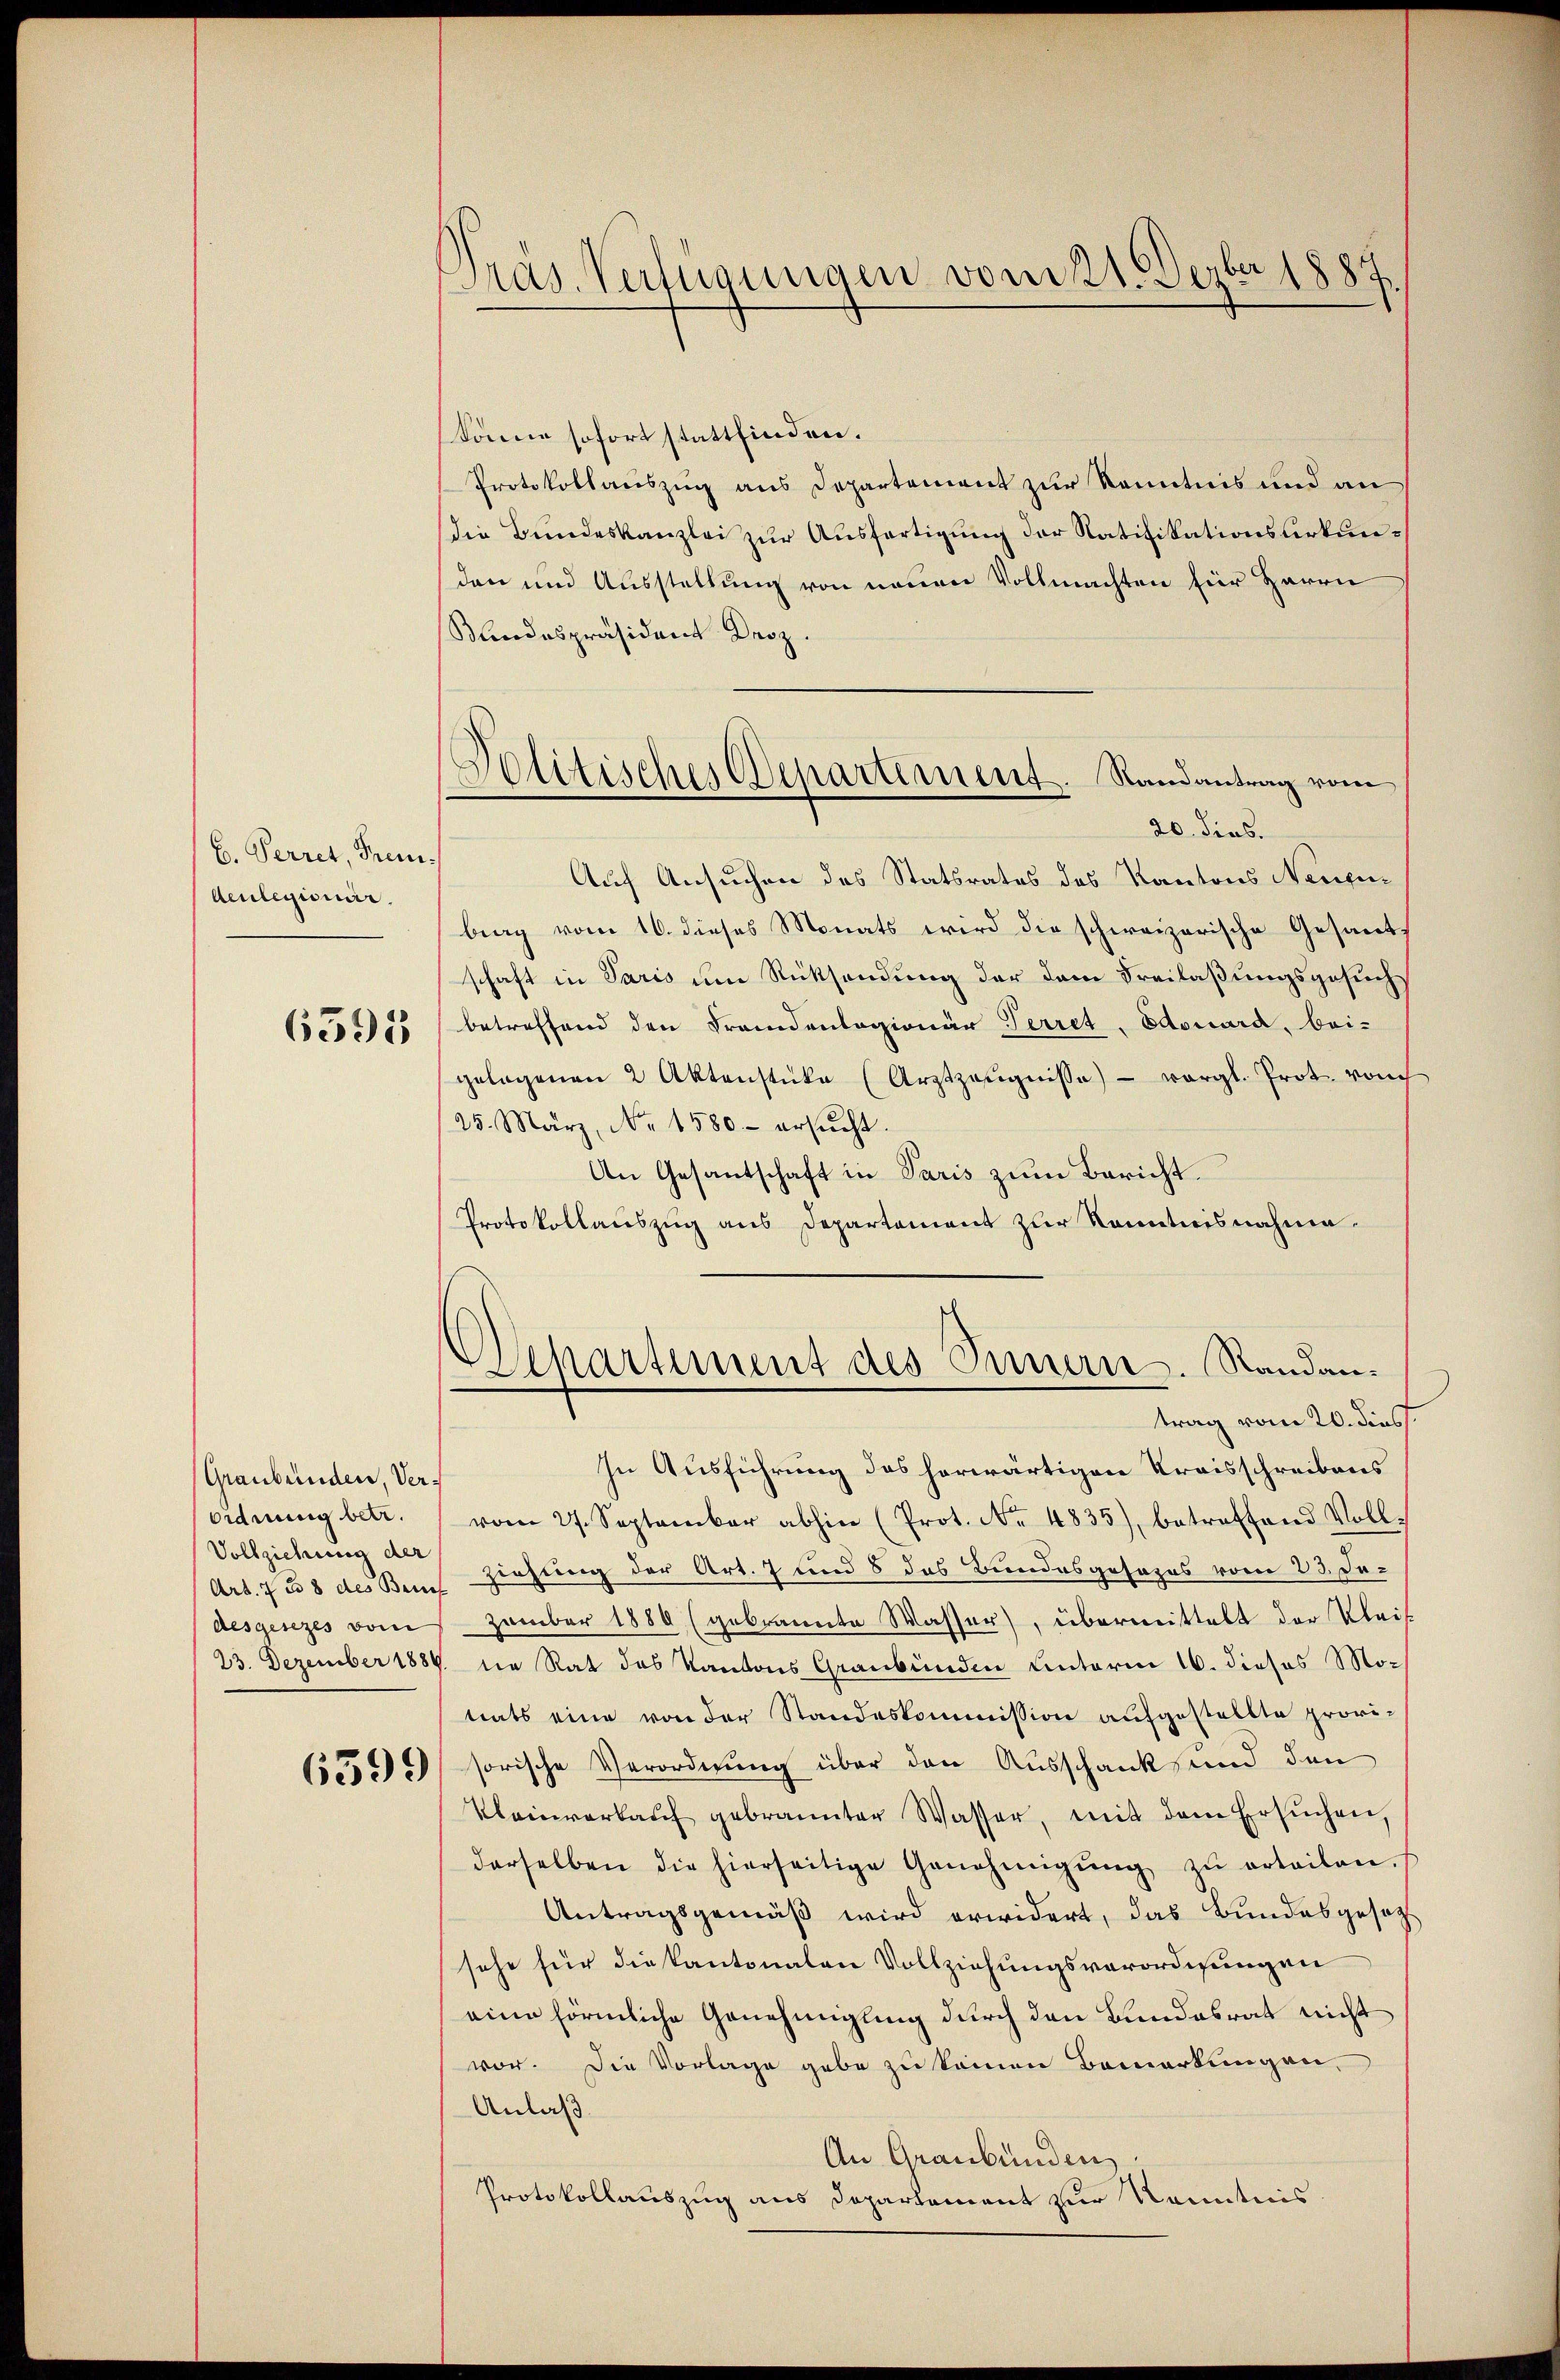
b. Perret, Frem
Aeulexionar,

6595

Graubünden, Ver¬
Ordnung betr.
Vollziehung der
desgesezes vom

6599

Präs. Verfügungen vom 21. Dezbr 1887.

Politisches Departement. Randantrag vom
20. dies.

könne sofort stattfinden.
Protokollauszug aus Departement zur Kenntnis und an
die Bundeskanzlei zur Ausfertigung der Ratifikationslirkunden und Ausstellung von neuen Vollmachten hier Herrn
Kundespräsident Droz.
Auf Ansuchen des Statsrates des Kantons Neufubrag vom 10. dieses Monats wird die schweizerische Gesant-
schaft in Paris um Rücksendung der dem Freilaßungsgesuch
betreffend den Fremdenlagionär Perret, Edouard, bei-
gelegenen 2 Aktenstücke (Arztzeŭgnisse) vergl. Prot. vom
25. März, Nr. 1580. ersŭcht.
An Gesantschaft in Paris zum Bericht.
Protokollauszug aus Departement zur Kenntnisnahme.
Appartement des Innern. Standantrag vom 20. diess.
In Ausführung des herwärtigen Kreisschreibens
vom 27. September abhin (Prot. No. 4835), betreffend Voll-
Art. 738 des Bei Ziehung der Art. 7 und 8 das Bundesgesezes vom 23. Jezember 1880 (gebrannte Wasser), übermittelt der Klei¬
23. Dezember 1889 in Rat des Kantons Graubünden Unterm 16. dieses Motiats eine von der Standeskommission aufgestellte provisorische Verordnung über den Ausschank und den
Kleinverkaŭf gebrannter Wasser, mit dem Ersuchen,
derselben die hierseitige Genehmigŭng zŭ erteilen.
Antragsgemäß wird erwidert, das Bundesgesezsehe für die kantonalen Vollziehungsverordnungen
eine förmliche Genehmigung durch den Bundesrat nicht
vor. Die Vorlage gabe zu kommen Bemerkungen,
Anlaß
An Graubünden:
Protokollauszug aus Departement zur Kenntnis